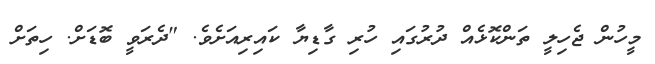
މީހުން ޖެހިލީ ތަންކޮޅެއް ދުރުގައި ހުރި ގާޑިޔާ ކައިރިއަށެވެ. "ދެރަވީ ބޮޑަށް. ހިތަށް